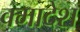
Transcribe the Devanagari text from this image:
क्मादेश